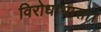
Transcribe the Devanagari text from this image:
विरोधाभासों।